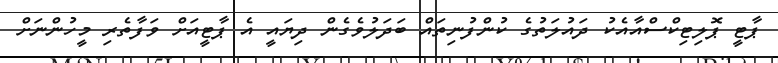
ޕާޓީ ޕޮލިޓިކްސްއާއެކު ދައުލަތުގެ ކުންފުނިތައް ބަދަލުވެގެން ދިޔައީ އެ ޕާޓީއަށް ވަފާތެރި މީހުންނަށް